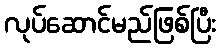
လုပ်ဆောင်မည်ဖြစ်ပြီး